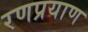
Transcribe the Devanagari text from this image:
रणप्रयाण